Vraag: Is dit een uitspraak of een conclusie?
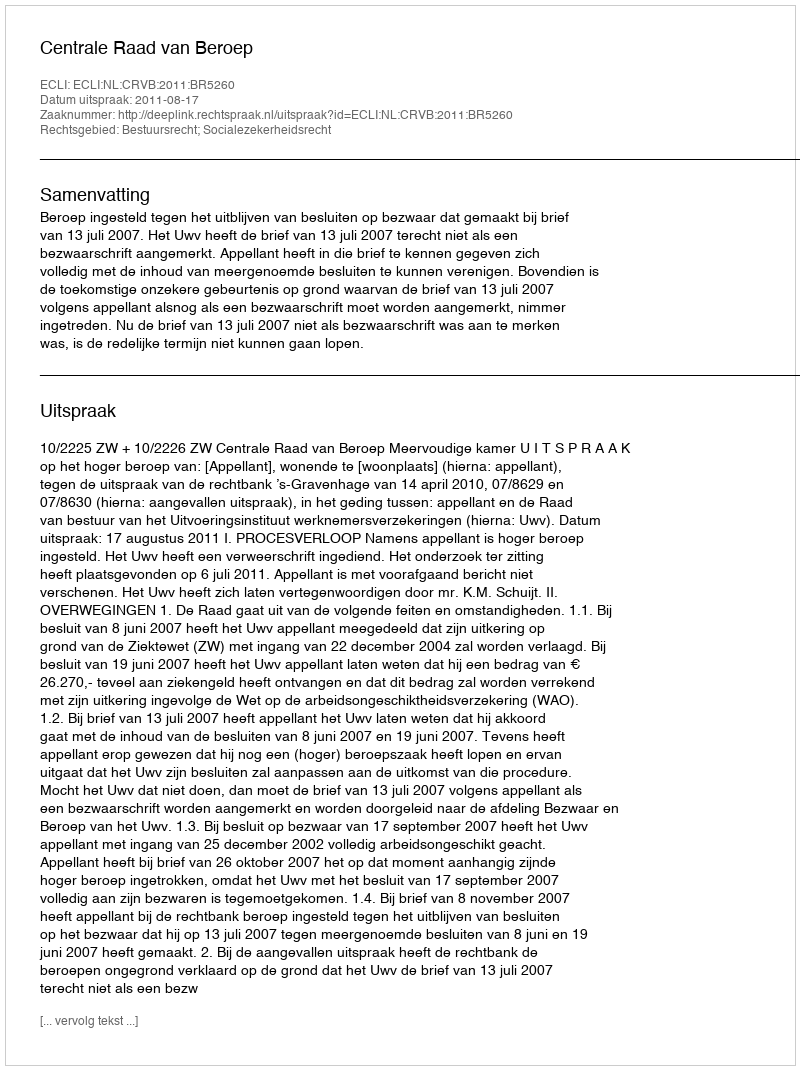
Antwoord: Uitspraak